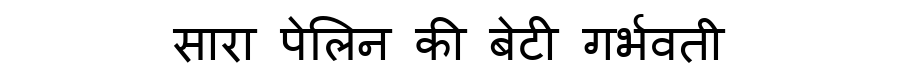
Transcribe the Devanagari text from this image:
सारा पेलिन की बेटी गर्भवती